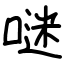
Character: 𠺗